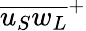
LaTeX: {\overline{{{u_{S}}{w_{L}}}}}^{+}